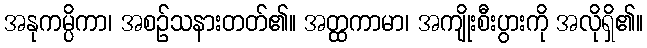
အနုကမ္ပိကာ၊ အစဉ်သနားတတ်၏။ အတ္ထကာမာ၊ အကျိုးစီးပွားကို အလိုရှိ၏။